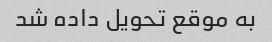
به موقع تحویل داده شد